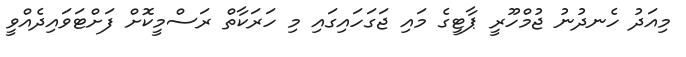
މިއަދު ހެނދުނު ޖުމްހޫރީ ޕާޓީގެ މައި ޖަގަހައިގައި މި ހަރަކާތް ރަސްމީކޮށް ފަށްޓަވައިދެއްވީ